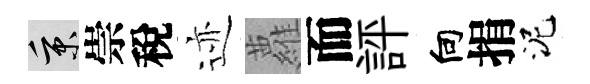
秉崇稅迹蘿而評向捐泥